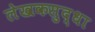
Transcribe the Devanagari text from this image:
लेखकसुद्धा